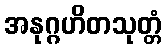
အနုဂ္ဂဟိတသုတ္တံ